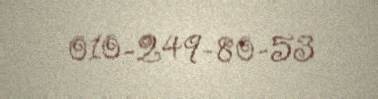
010-249-80-53